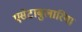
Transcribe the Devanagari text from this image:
एसेटाबुलारिया